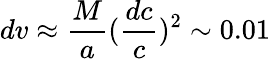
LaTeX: dv\approx\frac{M}{a}(\frac{dc}{c})^{2}\sim 0.01